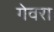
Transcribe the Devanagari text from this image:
गेवरा